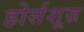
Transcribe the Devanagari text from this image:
होर्सशूज़